Annual administration report of the Civil Veterinary Department, Ajmere-Merwara, British Rajputana - 1914-1940
Year: 1914
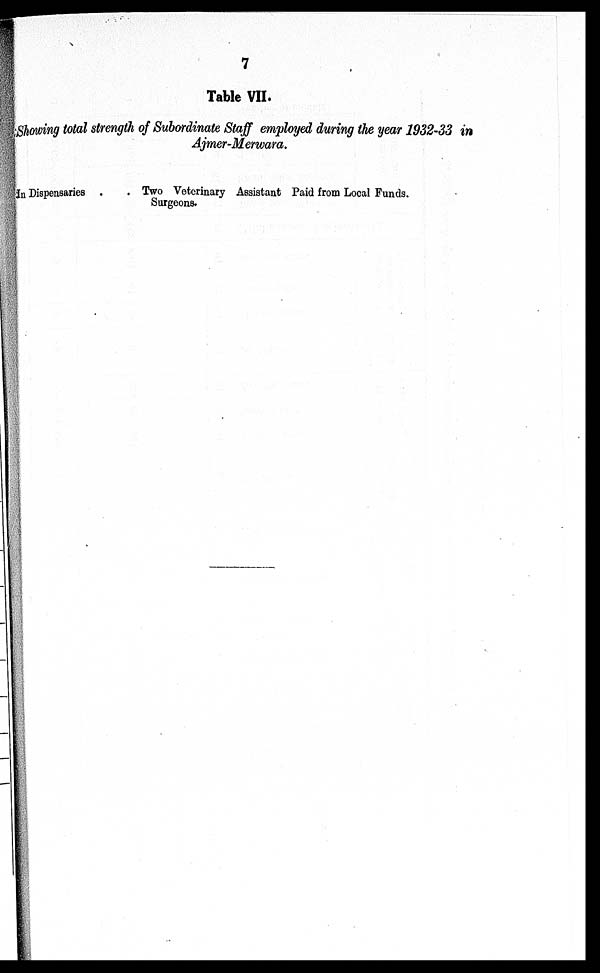
7
Table VII.
Showing total strength of Subordinate Staff employed during the year 1932-33 in
Ajmer-Merwara.
In Dispensaries . .
Two Veterinary Assistant Paid from Local Funds.
Surgeons.